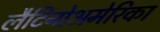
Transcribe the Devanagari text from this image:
लैटिनोअमेरिका